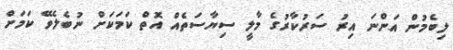
ލިބެމުން އަންނަ އިރު ސަރުކާރުގެ މާލީ ސިޔާސަތެއް އޮތް ކަމަކަށް ނުބެލެވޭ ކަމަށް